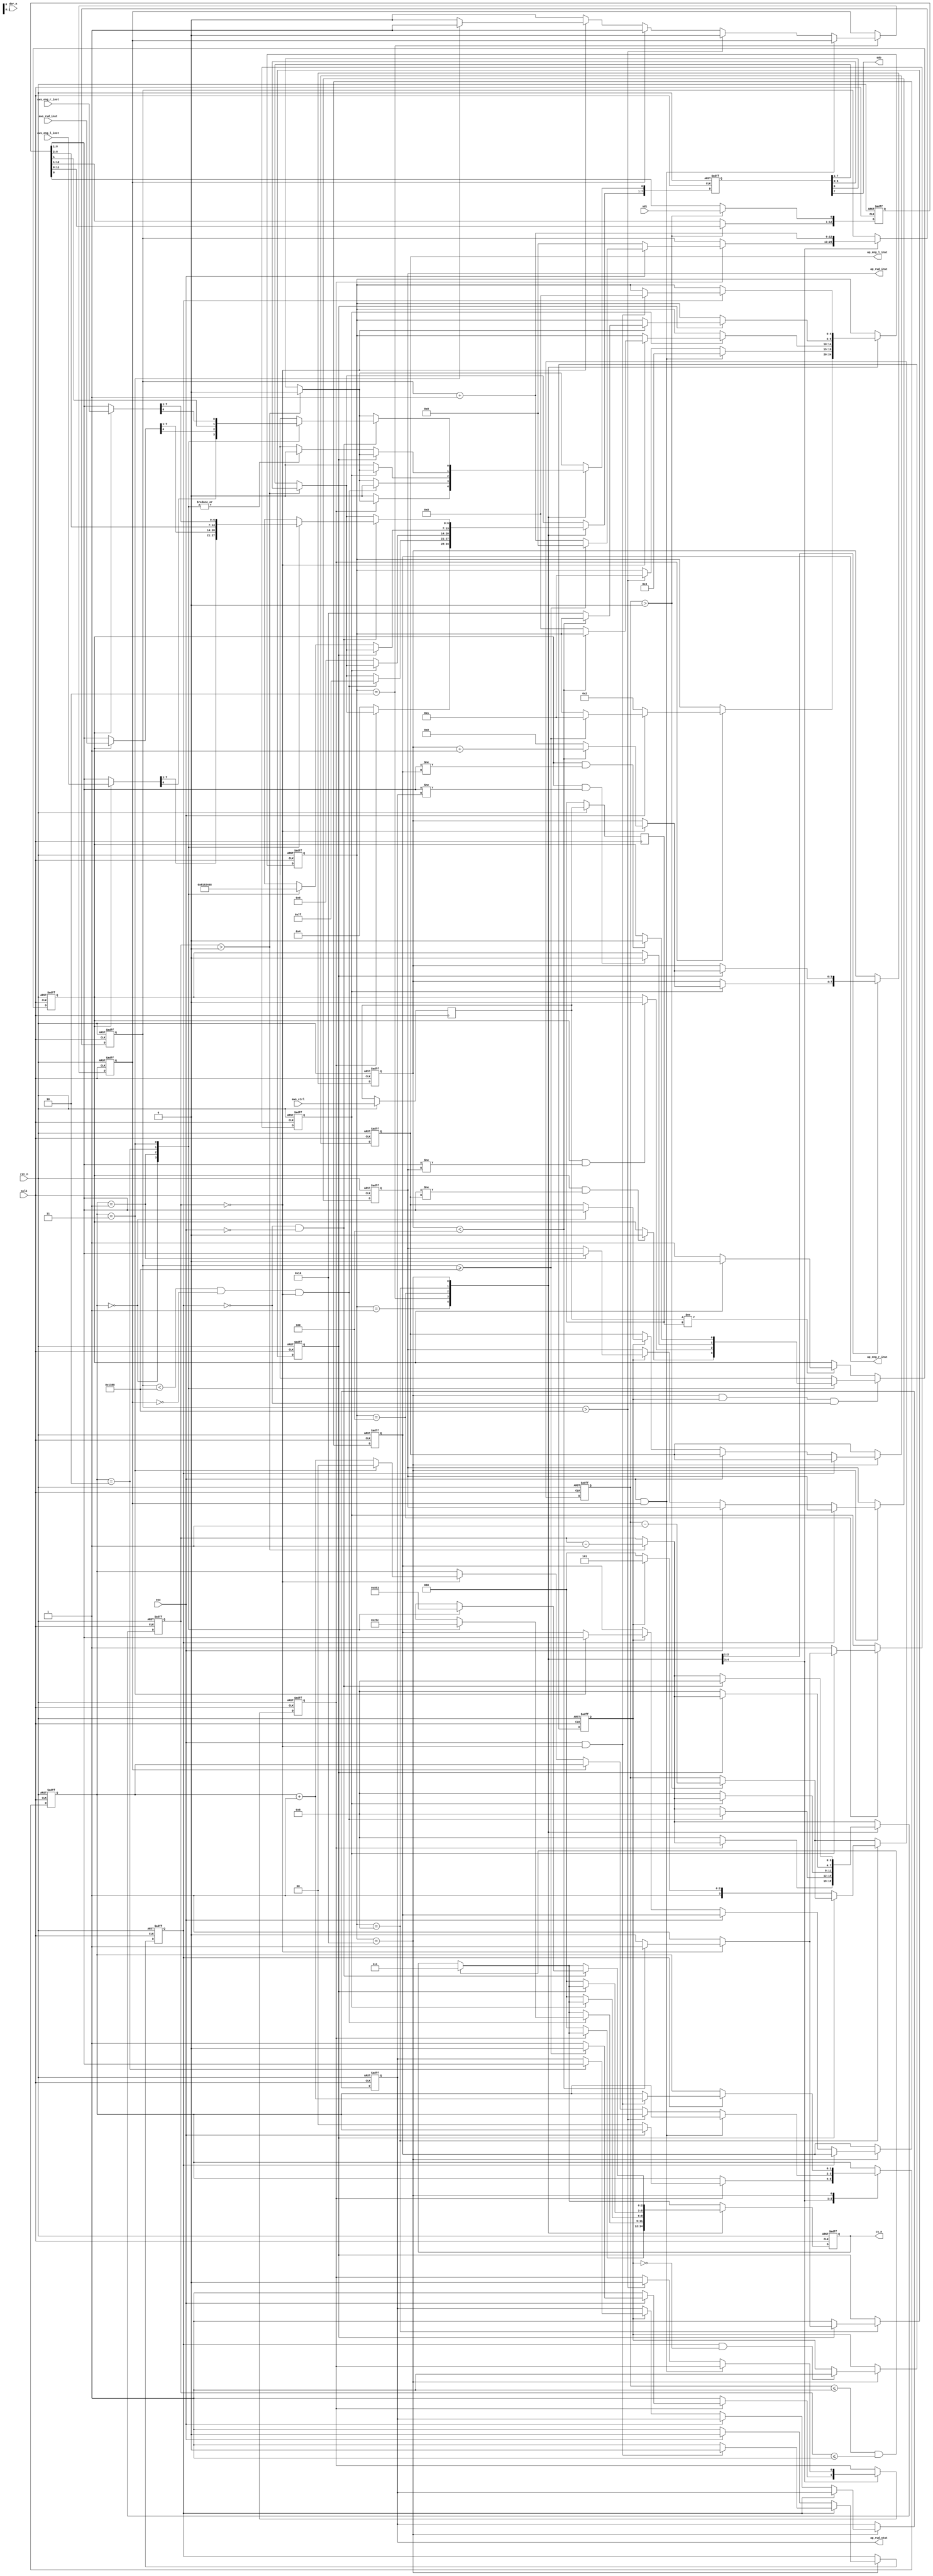
module dp_ctrl(
    input rst_n,
    input sclk,
    input sdi,
    output sdo,
    output [2:0] cs_n,
    input eoc,
    input dor_n,
    input aws_ctrl, 
    output [7:0] ap_rud_inst,
    output [7:0] ap_rud_stat,
    output [7:0] ap_eng_r_inst,
    output [7:0] ap_eng_l_inst,
    input [7:0] aws_rud_inst,
    input [7:0] aws_eng_r_inst,
    input [7:0] aws_eng_l_inst
    );
          
    // Chip Select
    parameter cs_none       = 3'b111;
    parameter cs_adc        = 3'b000;
    parameter cs_rud_inst   = 3'b001;
    parameter cs_rud_stat   = 3'b010;
    parameter cs_eng_r_inst = 3'b011;
    parameter cs_eng_l_inst = 3'b100;
    reg [2:0] r_cs_n;
    assign cs_n = r_cs_n;
    
    // Control source (true -> aws, false -> analog potentiometer) 
    reg r_aws_ctrl;
    
    // States and the register. 
    parameter s_init_0  = 5'b00001;
    parameter s_init_1  = 5'b00010;
    parameter s_rstat   = 5'b00100;
    parameter s_conv    = 5'b01000;
    parameter s_wdp     = 5'b10000;
    reg [4:0] r_stat;
    
    // Counter and parameter for determining timeout.
    parameter p_init_to = 13'd5000; 
    reg [12:0] r_cnt_init_to; 

    // init_0 related variables    
    reg r_adc_auto_cal_inst;    // Asserted when AutoCal instruction is released to the SPI output buffer.
    
    // init_1 related variables
    reg r_dp_init;              // Asserted when all the DPs initialized.
    reg [1:0] r_dp_idx;         // Index of the currently selected DP. (This is also used in wdp state)
    
    // rstat related variable
    reg r_adc_stat_inst;
    reg [7:0] r_adc_stat;
    
    // SPI sending/recieving 
//    parameter i_adc_auto_cal    = 8'b00010000;
//    parameter i_adc_stat        = 8'b00110000;
//    parameter i_cnv_ch0         = 8'b00000000;
//    parameter i_cnv_ch1         = 8'b00000011;
//    parameter i_cnv_ch2         = 8'b00001001;
//    parameter i_cnv_ch3         = 8'b00001011;
    parameter i_adc_auto_cal    = 8'b00001000;
    parameter i_adc_stat        = 8'b00001100;
    parameter i_cnv_ch0         = 8'b10000000;
    parameter i_cnv_ch1         = 8'b11000000;
    parameter i_cnv_ch2         = 8'b10010000;
    parameter i_cnv_ch3         = 8'b11010000;
    reg [7:0] r_sdo_word;
    reg [12:0] r_sdi_word;
    reg [3:0] r_sdi_cnt;
    reg [3:0] r_sdo_cnt;
    reg [3:0] r_inst_intvl;
    reg r_adc_cnv_inst;
    
    // Potentiometer's neutral values (default 128)
    parameter rud_neutral = 8'hfe;
    parameter eng_neutral = 8'hfe;
   
    // register for storing positions of four analog potentiometers through ADC 
    reg [7:0] r_ap_rud_inst;    // instructed rudder angle 
    reg [7:0] r_ap_rud_stat;    // rudder status
    reg [7:0] r_ap_eng_r_inst;  // instructed throttle/crutch for sub engine
    reg [7:0] r_ap_eng_l_inst;  // instructed throttle/crutch for main engine
         
    assign ap_rud_inst = r_ap_rud_inst;
    assign ap_rud_stat = r_ap_rud_stat;
    assign ap_eng_l_inst = r_ap_eng_l_inst;
    assign ap_eng_r_inst = r_ap_eng_r_inst;
    
    
    // loading ADC 
    // note that the ADC's value is MSB first 13bit signed value. (below) 
    //   12  .....   1      0
    // |LSB| .... | MSB | Sign |
    // 
    // We only use 8bit from its MSB. So the next adc_val is defined in LSD first manner.  
    wire [7:0] adc_val;
    assign adc_val = r_sdi_word[8:1];
    
    reg r_wdp_set;
    always @(negedge sclk or negedge rst_n) begin
        if(rst_n == 1'b0) begin
            r_stat <= s_init_0;
            r_adc_auto_cal_inst <= 1'b0;
            r_dp_init <= 1'b0;
            r_dp_idx <= 2'd0;
            r_adc_stat_inst <= 1'b0;
            r_adc_cnv_inst <= 1'b0;
            r_inst_intvl <= 4'd0;
            r_cnt_init_to <= 13'd0;
            r_ap_rud_inst <= rud_neutral;
            r_ap_rud_stat <= rud_neutral;
            r_ap_eng_r_inst <= eng_neutral;
            r_ap_eng_l_inst <= eng_neutral;
            r_wdp_set <= 1'b0;
        end else begin
        
            case (r_stat)
            //////////////////////////////////////////// init_0
            // The state send an instruction AutoCal to ADC.
            // Few cycles later, EOC is deasserted and the state is transitted into init_1.
            s_init_0:
            begin
                if(r_adc_auto_cal_inst == 1'b0) begin
                   // sending AutoCal instruction
                   r_adc_auto_cal_inst <= 1'b1;
                end else begin
                   if(eoc == 1'b0) begin
                       r_stat <= s_init_1;
                       r_cnt_init_to <= 13'd0;
                       r_dp_idx <= 3'd0;
                   end else if(r_cnt_init_to >= p_init_to) begin
                        // time out, again init_0 
                        r_stat <= s_init_0;
                        r_cnt_init_to <= 13'd0;
                        r_adc_auto_cal_inst <= 1'b0;
                   end else begin
                        r_cnt_init_to <= r_cnt_init_to + 1;
                   end
                end 
            end     
                 
            //////////////////////////////////////////// init_1
            // Basically, the state continues until the AutoCal is finished.
            // Since the duration could be 4944 cycles, 4 DPs are initialized as neutral
            // during the state.
            s_init_1:
            begin
                if(eoc == 1'b1 && r_dp_init) begin
                    // initialization finished
                    r_stat <= s_rstat;
                    r_cnt_init_to <= 13'd0;
                end else if (r_cnt_init_to > p_init_to) begin
                    // time out, return to init_0
                    r_stat <= s_init_0;
                    r_cnt_init_to <= 13'd0;
                    r_adc_auto_cal_inst <= 1'b0;
                    r_dp_init <= 1'b0;
                end else if (r_dp_init == 1'b0) begin
                  if(r_sdo_cnt == 4'd0) begin
                    // Maybe, all the DPs are initialized as neutral when the device start up.
                    // The codes below do the same, it might be a redundant treatment. 
                    
                    if(r_dp_idx == 2'd3) begin
                        r_dp_init <= 1'b1;
                        r_dp_idx <= 2'd0;
                    end else begin
                        r_dp_idx <= r_dp_idx + 1;
                    end
                  end  
                end
                
                r_cnt_init_to <= r_cnt_init_to + 1;
            end
            
            //////////////////////////////////////////// rstat
            // The state sends an instruction read status to ADC.
            // After sending, the state transits to conv.
            s_rstat:
            begin 
                if(r_adc_stat_inst == 1'b0) begin
                    r_adc_stat_inst <= 1'b1;
                end else if(r_sdo_cnt == 4'd0) begin
                    if(r_inst_intvl < 4'd4) begin
                        r_inst_intvl <= r_inst_intvl + 1;
                    end else begin
                        r_stat <= s_conv;
                        r_adc_stat_inst <= 1'b0;
                        r_inst_intvl <= 4'd0;
                    end
                end
            end
            
            //////////////////////////////////////////// conv
            s_conv:
            begin
                if(r_adc_cnv_inst == 1'b0) begin
                    r_adc_cnv_inst <= 1'b1;
                end else if(r_sdo_cnt == 4'd0) begin                    
                    if(r_inst_intvl < 4'd4) begin
                        r_inst_intvl <= r_inst_intvl + 1;
                    end else begin
                        r_stat <= s_wdp;
                        r_adc_cnv_inst <= 1'b0;
                        r_inst_intvl <= 4'd0;
                    end
                end 
            end
            
            //////////////////////////////////////////// wdp
            s_wdp:
            begin
                // setting values loaded in the previous cycle to the corresponding DPs
                        // store loaded data to the register.
                    if(r_wdp_set == 1'b0) begin
                        if(eoc == 1'b0) begin
                        if(r_init_cnv == 1'b0) begin // initial data is status, discarded.
                            r_adc_stat <= r_sdi_word[12:5];
                        end else begin
                            case(r_dp_idx)
                            2'd0: 
                            begin
                                r_ap_eng_l_inst <= adc_val;
                            end
                            2'd1:
                            begin
                                r_ap_rud_inst <= adc_val;
                            end
                            2'd2:
                            begin
                                r_ap_rud_stat <= adc_val;
                            end
                            2'd3:
                            begin
                                r_ap_eng_r_inst <= adc_val;
                            end
                            endcase   
                        end
                        r_wdp_set <= 1'b1;
                        end                   
                    end else begin
                        if(eoc == 1'b1 && r_sdo_cnt == 4'd0) begin
                            r_stat <= s_conv;
                            r_wdp_set <= 1'b0;
                            r_dp_idx <= r_dp_idx + 1;
                        end
                    end
            end
            endcase
        end
    end

    // r_aws_ctrl is inverted when the aws_ctrl's rising edge is detected.
    // The value is initially set as zero, manual control.
    reg r_aws_ctrl_0, r_aws_ctrl_1;
    always @(negedge sclk or negedge rst_n) begin
        if (rst_n == 1'b0) begin
            r_aws_ctrl <= 1'b0;
        end else begin
            r_aws_ctrl_0 <= aws_ctrl;
            r_aws_ctrl_1 <= r_aws_ctrl_0;
            
            if(r_aws_ctrl_0 != r_aws_ctrl_1) begin
                r_aws_ctrl <= (r_aws_ctrl == 1'b1 ? 1'b0 : 1'b1);
            end
            
            if(r_stat == s_wdp && r_init_cnv == 1'b1 && r_wdp_set == 1'b0) begin
                case(r_dp_idx)
                2'd0: 
                begin
                    r_aws_ctrl <= (r_aws_ctrl && adc_val != r_ap_eng_l_inst ? 1'b0 : r_aws_ctrl);
                end
                2'd1:
                begin
                    r_aws_ctrl <= (r_aws_ctrl && adc_val != r_ap_rud_inst ? 1'b0 : r_aws_ctrl);                    
                end
                2'd2:
                begin
                    r_aws_ctrl <= (r_aws_ctrl && adc_val != r_ap_rud_stat? 1'b0 : r_aws_ctrl);                   
                end
                2'd3:
                begin
                    r_aws_ctrl <= (r_aws_ctrl && adc_val != r_ap_eng_r_inst ? 1'b0 : r_aws_ctrl);                    
                end
                endcase   
            end
        end
    end
      
    // Sending SPI word
    assign sdo = r_sdo_word[7];
    always @(negedge sclk or negedge rst_n) begin
        if (rst_n == 1'b0) begin
            r_sdo_cnt <= 4'b0000;
            r_sdo_word <= 8'd0;
            r_cs_n <= cs_none;            
        end else begin
            // send
            if (r_sdo_cnt > 0) begin 
                r_sdo_cnt <= r_sdo_cnt - 1;
                r_sdo_word[7:1] <= r_sdo_word[6:0];
                r_sdo_word[0] <= 1'b0;
            end  
            
            if(r_sdi_cnt <= 4'd1 && r_sdo_cnt <= 4'd1) begin
                r_cs_n <= cs_none;
            end
            
            case (r_stat)
            //////////////////////////////////////////// init_0
            
            // The state send an instruction AutoCal to ADC.
            // Few cycles later, EOC is deasserted and the state is transitted into init_1.
            s_init_0:
            begin
                if(r_adc_auto_cal_inst == 1'b0) begin
                   // sending AutoCal instruction
                   r_cs_n <= cs_adc;
                   r_sdo_cnt <= 4'd8;
                   r_sdo_word <= i_adc_auto_cal;
                end
            end     
                 
            //////////////////////////////////////////// init_1
            // Basically, the state continues until the AutoCal is finished.
            // Since the duration could be 4944 cycles, 4 DPs are initialized as neutral
            // during the state.
            s_init_1:
            begin
                if (r_cnt_init_to < p_init_to && r_dp_init == 1'b0 && r_sdo_cnt == 4'd0) begin
                    // Maybe, all the DPs are initialized as neutral when the device start up.
                    // The codes below do the same, it might be a redundant treatment. 
                    r_sdo_cnt <= 4'd8;                    
                    r_sdo_word <= rud_neutral;
                    
                    case(r_dp_idx)
                    2'd0: r_cs_n <= cs_rud_inst;
                    2'd1: r_cs_n <= cs_rud_stat;
                    2'd2: r_cs_n <= cs_eng_r_inst;
                    2'd3: r_cs_n <= cs_eng_l_inst;
                    default: r_cs_n <= cs_none;
                    endcase                     
                end                                
            end
            
            //////////////////////////////////////////// rstat
            // The state sends an instruction read status to ADC.
            // After sending, the state transits to conv.
            s_rstat:
            begin 
                if(r_adc_stat_inst == 1'b0) begin
                    r_cs_n <= cs_adc;
                    r_sdo_cnt <= 4'd8;
                    r_sdo_word <= i_adc_stat;
                end
            end
            
            //////////////////////////////////////////// conv
            s_conv:
            begin
                if(r_adc_cnv_inst == 1'b0) begin
                    r_cs_n <= cs_adc;
                    r_sdo_cnt <= 4'd8;                   
                    case(r_dp_idx)
                    2'd0: r_sdo_word <= i_cnv_ch0;
                    2'd1: r_sdo_word <= i_cnv_ch1;
                    2'd2: r_sdo_word <= i_cnv_ch2;
                    2'd3: r_sdo_word <= i_cnv_ch3;
                    endcase         
                end 
            end
            
            //////////////////////////////////////////// wdp
            s_wdp:
            begin
                // setting values loaded in the previous cycle to the corresponding DPs
                if(r_wdp_set == 1'b0 && eoc == 1'b0) begin
                    r_sdo_cnt <= 4'd8;
                        
                    case(r_dp_idx)
                    2'd0:
                    begin
                        r_cs_n <= cs_eng_l_inst;
                        r_sdo_word <= r_aws_ctrl ? aws_eng_l_inst : adc_val;
                    end
                    2'd1:
                    begin
                        r_cs_n <= cs_rud_inst;
                        r_sdo_word <= r_aws_ctrl ? aws_rud_inst : adc_val;
                    end
                    2'd2:
                    begin
                        r_cs_n <= cs_rud_stat;
                        r_sdo_word <= adc_val;
                    end
                    2'd3:
                    begin
                        r_cs_n <= cs_eng_r_inst;
                        r_sdo_word <= r_aws_ctrl ? aws_eng_r_inst : adc_val;
                    end
                    endcase           
                    
                end
            end
            endcase
                      
        end
    end
    
    // Recieving SPI word
    reg r_init_cnv;
    always @(posedge sclk or negedge rst_n) begin
        if (rst_n == 1'b0) begin
            r_sdi_cnt <= 4'b0000;
            r_sdi_word <= 13'd0;
            r_init_cnv <= 1'b0;
        end else begin
            // recieve
                if (r_sdi_cnt > 4'd0) begin
                    r_sdi_cnt <= r_sdi_cnt - 1;
                    r_sdi_word[12:1] <= r_sdi_word[11:0];
                    r_sdi_word[0] <= sdi;
                end 
                        
            case (r_stat)
            //////////////////////////////////////////// conv
            s_conv:
            if(r_adc_cnv_inst == 1'b0) begin
                begin
                    if(r_init_cnv == 1'b0) begin
                        r_sdi_cnt <= 4'd8;
                    end else begin
                        r_sdi_cnt <= 4'd13;
                    end
                end
            end
            s_wdp:
                if(r_wdp_set == 1'b1 && r_init_cnv == 1'b0) begin
                    r_init_cnv <= 1'b1;
                end
            endcase
            
        end
    end    
endmodule